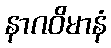
နာဂဝိမာနံ